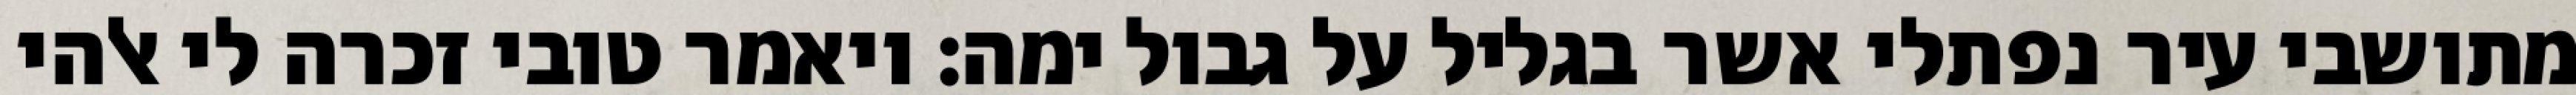
מתושבי עיר נפתלי אשר בגליל על גבול ימה: ויאמר טובי זכרה לי אלהי